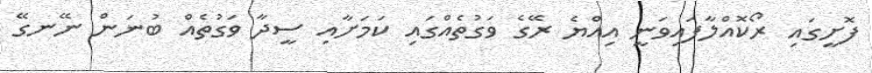
ފޮށީގައި ރޯކޮއްލާފައިވަނީ އިއްޔެ ރޭގެ ވަގުތެއްގައި ކަމަށާއި ސީދާ ވަގުތެއް ބުނަން ނޭނގޭ